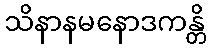
သိနာနမနောဒကန္တိ